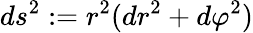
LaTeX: ds^{2}:=r^{2}(dr^{2}+d\varphi^{2})